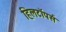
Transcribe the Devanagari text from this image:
हिलटॉपर्स